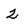
Character: 2